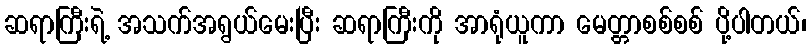
ဆရာကြီးရဲ့ အသက်အရွယ်မေးပြီး ဆရာကြီးကို အာရုံယူကာ မေတ္တာစစ်စစ် ပို့ပါတယ်၊